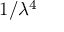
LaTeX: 1 / \lambda ^ { 4 }